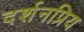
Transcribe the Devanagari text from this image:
दर्शनप्रिय